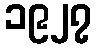
၁၉၂၇